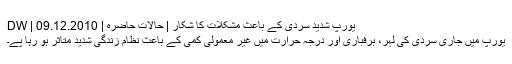
یورپ شدید سردی کے باعث مشکلات کا شکار | حالات حاضرہ | DW | 09.12.2010
یورپ میں جاری سردی کی لہر، برفباری اور درجہ حرارت میں غیر معمولی کمی کے باعث نظام زندگی شدید متاثر ہو رہا پے۔